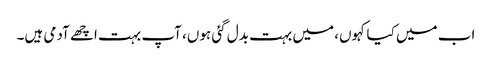
اب میں کیا کہوں، میں بہت بدل گئی ہوں، آپ بہت اچھے آدمی ہیں۔